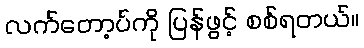
လက်တော့ပ်ကို ပြန်ဖွင့် စစ်ရတယ်။